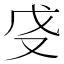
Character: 𫨵